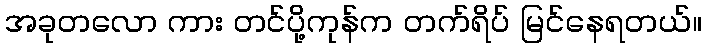
အခုတလော ကား တင်ပို့ကုန်က တက်ရိပ် မြင်နေရတယ်။